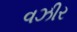
વઝીર